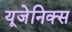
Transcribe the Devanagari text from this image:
यूजेनिक्स